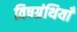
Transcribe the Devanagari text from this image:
विषग्रंथियाँ